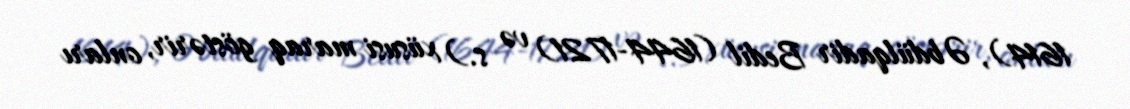
1614), Əbdülqadir Bedil (1644-1721) və s.) xüsusi maraq göstərir, onları